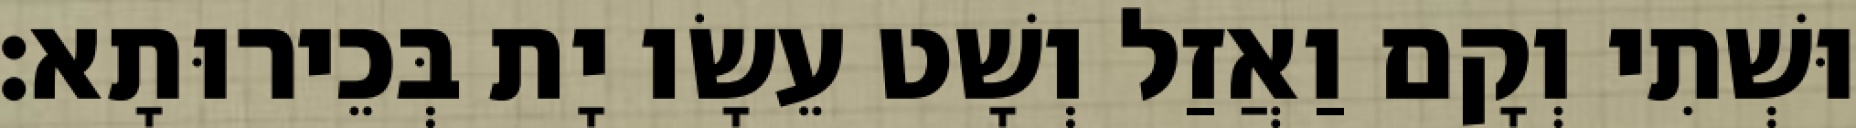
וּשְׁתִי וְקָם וַאֲזַל וְשָׁט עֵשָׂו יָת בְּכֵירוּתָא׃